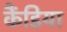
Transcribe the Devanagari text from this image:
कैंडिया